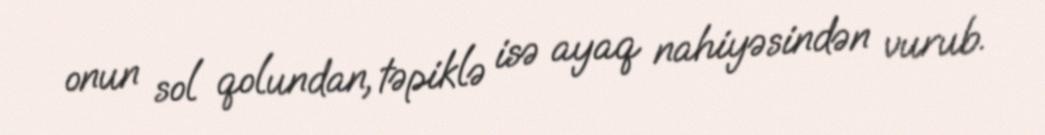
onun sol qolundan, təpiklə isə ayaq nahiyəsindən vurub.